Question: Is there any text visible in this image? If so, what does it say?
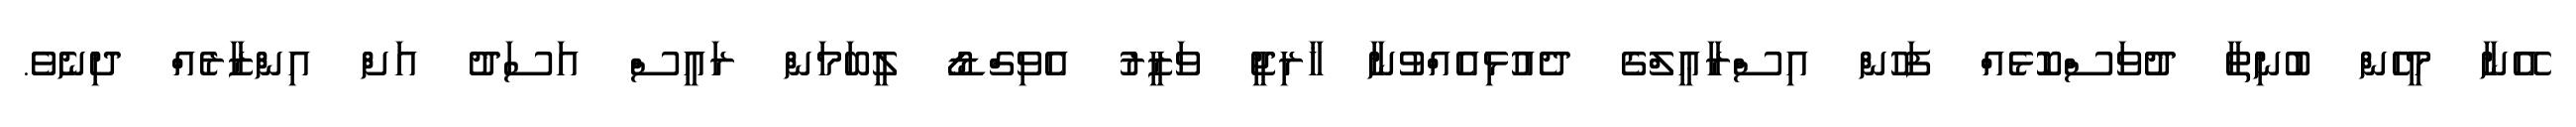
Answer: އޭނާ މީހެން ބުނިތާ ދުވަސްކޮޅެއް ފަހުން އިސްރާޢީލްގެ ދެއުޅިއެއްވުނާ ޚާރިޖީ ވަޒީރު އެވިގްޑޯ ލީބަމަން ރައީސް އަސަދު އަށް އިންޒާރެއް ދިނެވެ.